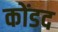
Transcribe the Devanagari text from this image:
कोंडद